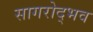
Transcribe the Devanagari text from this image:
सागरोद्भव